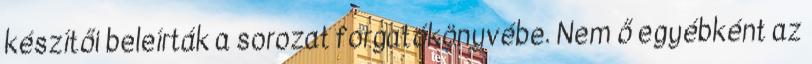
készítői beleírták a sorozat forgatókönyvébe. Nem ő egyébként az